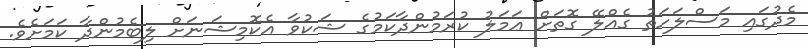
މެދުގައި މަސްލަހަތު ގެއްލޭ ގޮތަށް ޢަމަލު ކުރަމުންދާކަމުގެ ޝަކުވާ އެކޮމިޝަނަށް ލިބެމުންދާ ކަމަށެވެ.